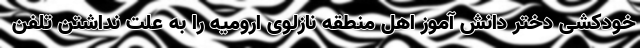
خودکشی دختر دانش آموز اهل منطقه نازلوی ارومیه را به علت نداشتن تلفن